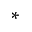
*